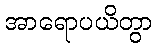
အာရောပယိတွာ